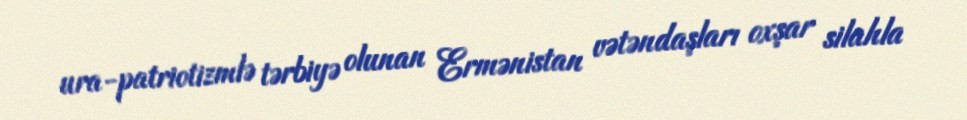
ura-patriotizmlə tərbiyə olunan Ermənistan vətəndaşları oxşar silahla